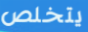
يتخلص